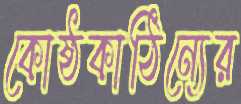
কোষ্ঠকাঠিন্যের